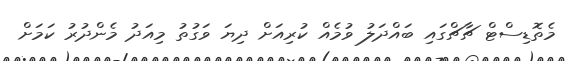
މެތޮޑިސްޓް ޗާޗްގައި ބައްދަލު ވުމެއް ކުރިއަށް ދިޔަ ވަގުތު މިއަދު މެންދުރު ކަމަށް